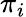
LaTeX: \pi_{i}